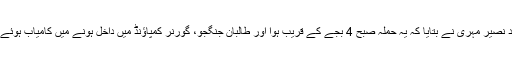
فراہ کے گورنر کے ترجمان محمد نصیر مہری نے بتایا کہ یہ حملہ صبح 4 بجے کے قریب ہوا اور طالبان جنگجو، گورنر کمپاؤنڈ میں داخل ہونے میں کامیاب ہوئے اور انہوں نے اس پر قبضہ کرلیا۔